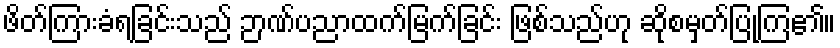
ဖိတ်ကြားခံရခြင်းသည် ဉာဏ်ပညာထက်မြက်ခြင်း ဖြစ်သည်ဟု ဆိုစမှတ်ပြုကြ၏။